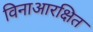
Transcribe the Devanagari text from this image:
विनाआरक्षित